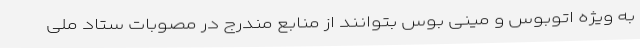
به ویژه اتوبوس و مینی بوس بتوانند از منابع مندرج در مصوبات ستاد ملی